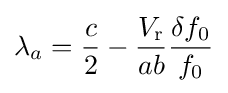
\lambda _{a}={\frac {c}{2}}-{\frac {V_{\mathrm {r} }}{ab}}{\frac {\delta f_{0}}{f_{0}}}